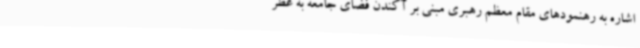
اشاره به رهنمودهای مقام معظم رهبری مبنی بر آکندن فضای جامعه به عطر